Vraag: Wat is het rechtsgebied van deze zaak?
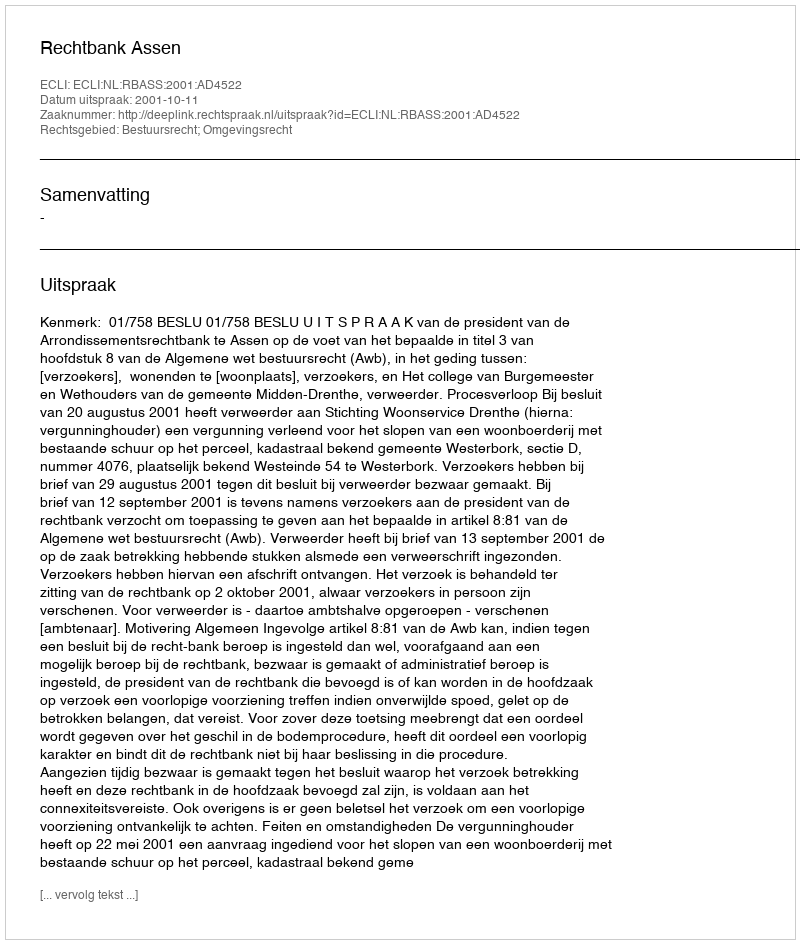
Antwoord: Bestuursrecht; Omgevingsrecht